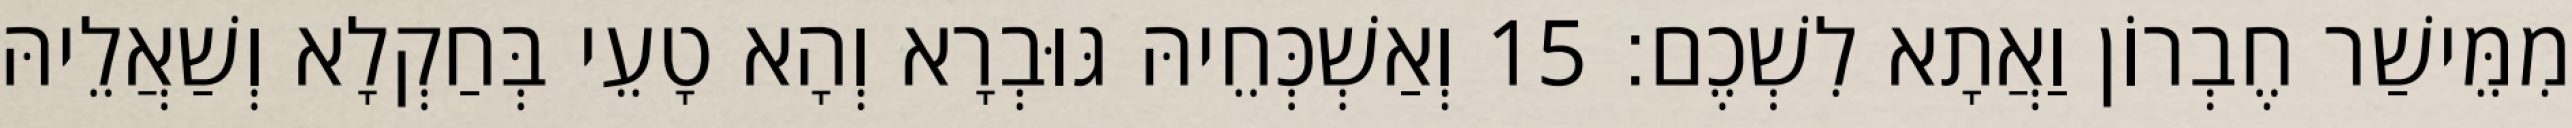
מִמֵּישַׁר חֶבְרוֹן וַאֲתָא לִשְׁכֶם׃ 15 וְאַשְׁכְּחֵיהּ גּוּבְרָא וְהָא טָעֵי בְּחַקְלָא וְשַׁאֲלֵיהּ